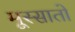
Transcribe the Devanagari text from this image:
मूस्सातो